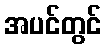
အပင်တွင်